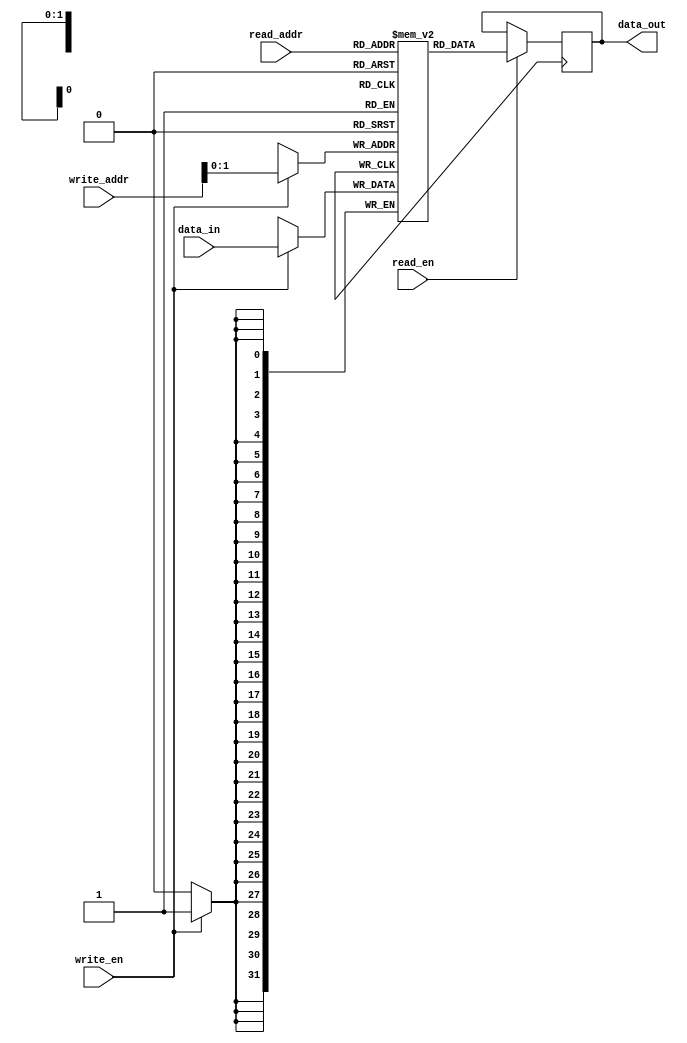
module register_file (
  input wire [3:0] write_addr,
  input wire write_en,
  input wire [1:0] read_addr,
  input wire read_en,
  input wire [31:0] data_in,
  output reg [31:0] data_out
);

reg [31:0] registers [3:0];

always @(posedge clk) begin
  if (write_en) begin
    registers[write_addr] <= data_in;
  end

  if (read_en) begin
    data_out <= registers[read_addr];
  end
end

endmodule